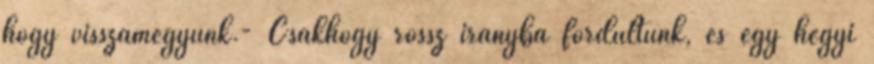
hogy visszamegyünk.- Csakhogy rossz irányba fordultunk, és egy hegyi